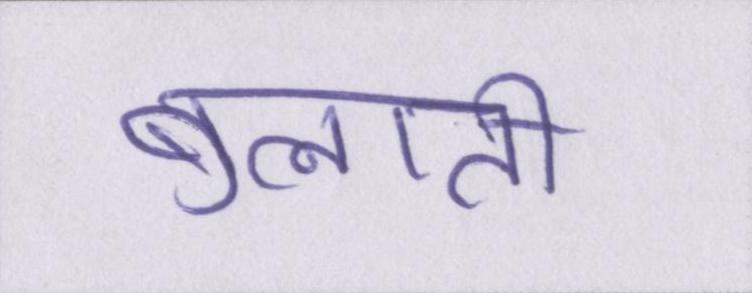
बुलाती